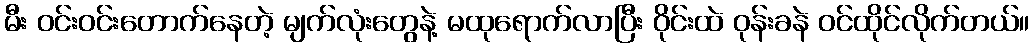
မီး ဝင်းဝင်းတောက်နေတဲ့ မျက်လုံးတွေနဲ့ မထုရောက်လာပြီး ဝိုင်းထဲ ဝုန်းခနဲ ဝင်ထိုင်လိုက်တယ်။